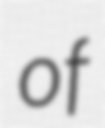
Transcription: of